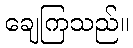
ချေကြသည်။